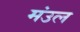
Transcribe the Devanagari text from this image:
मंउल